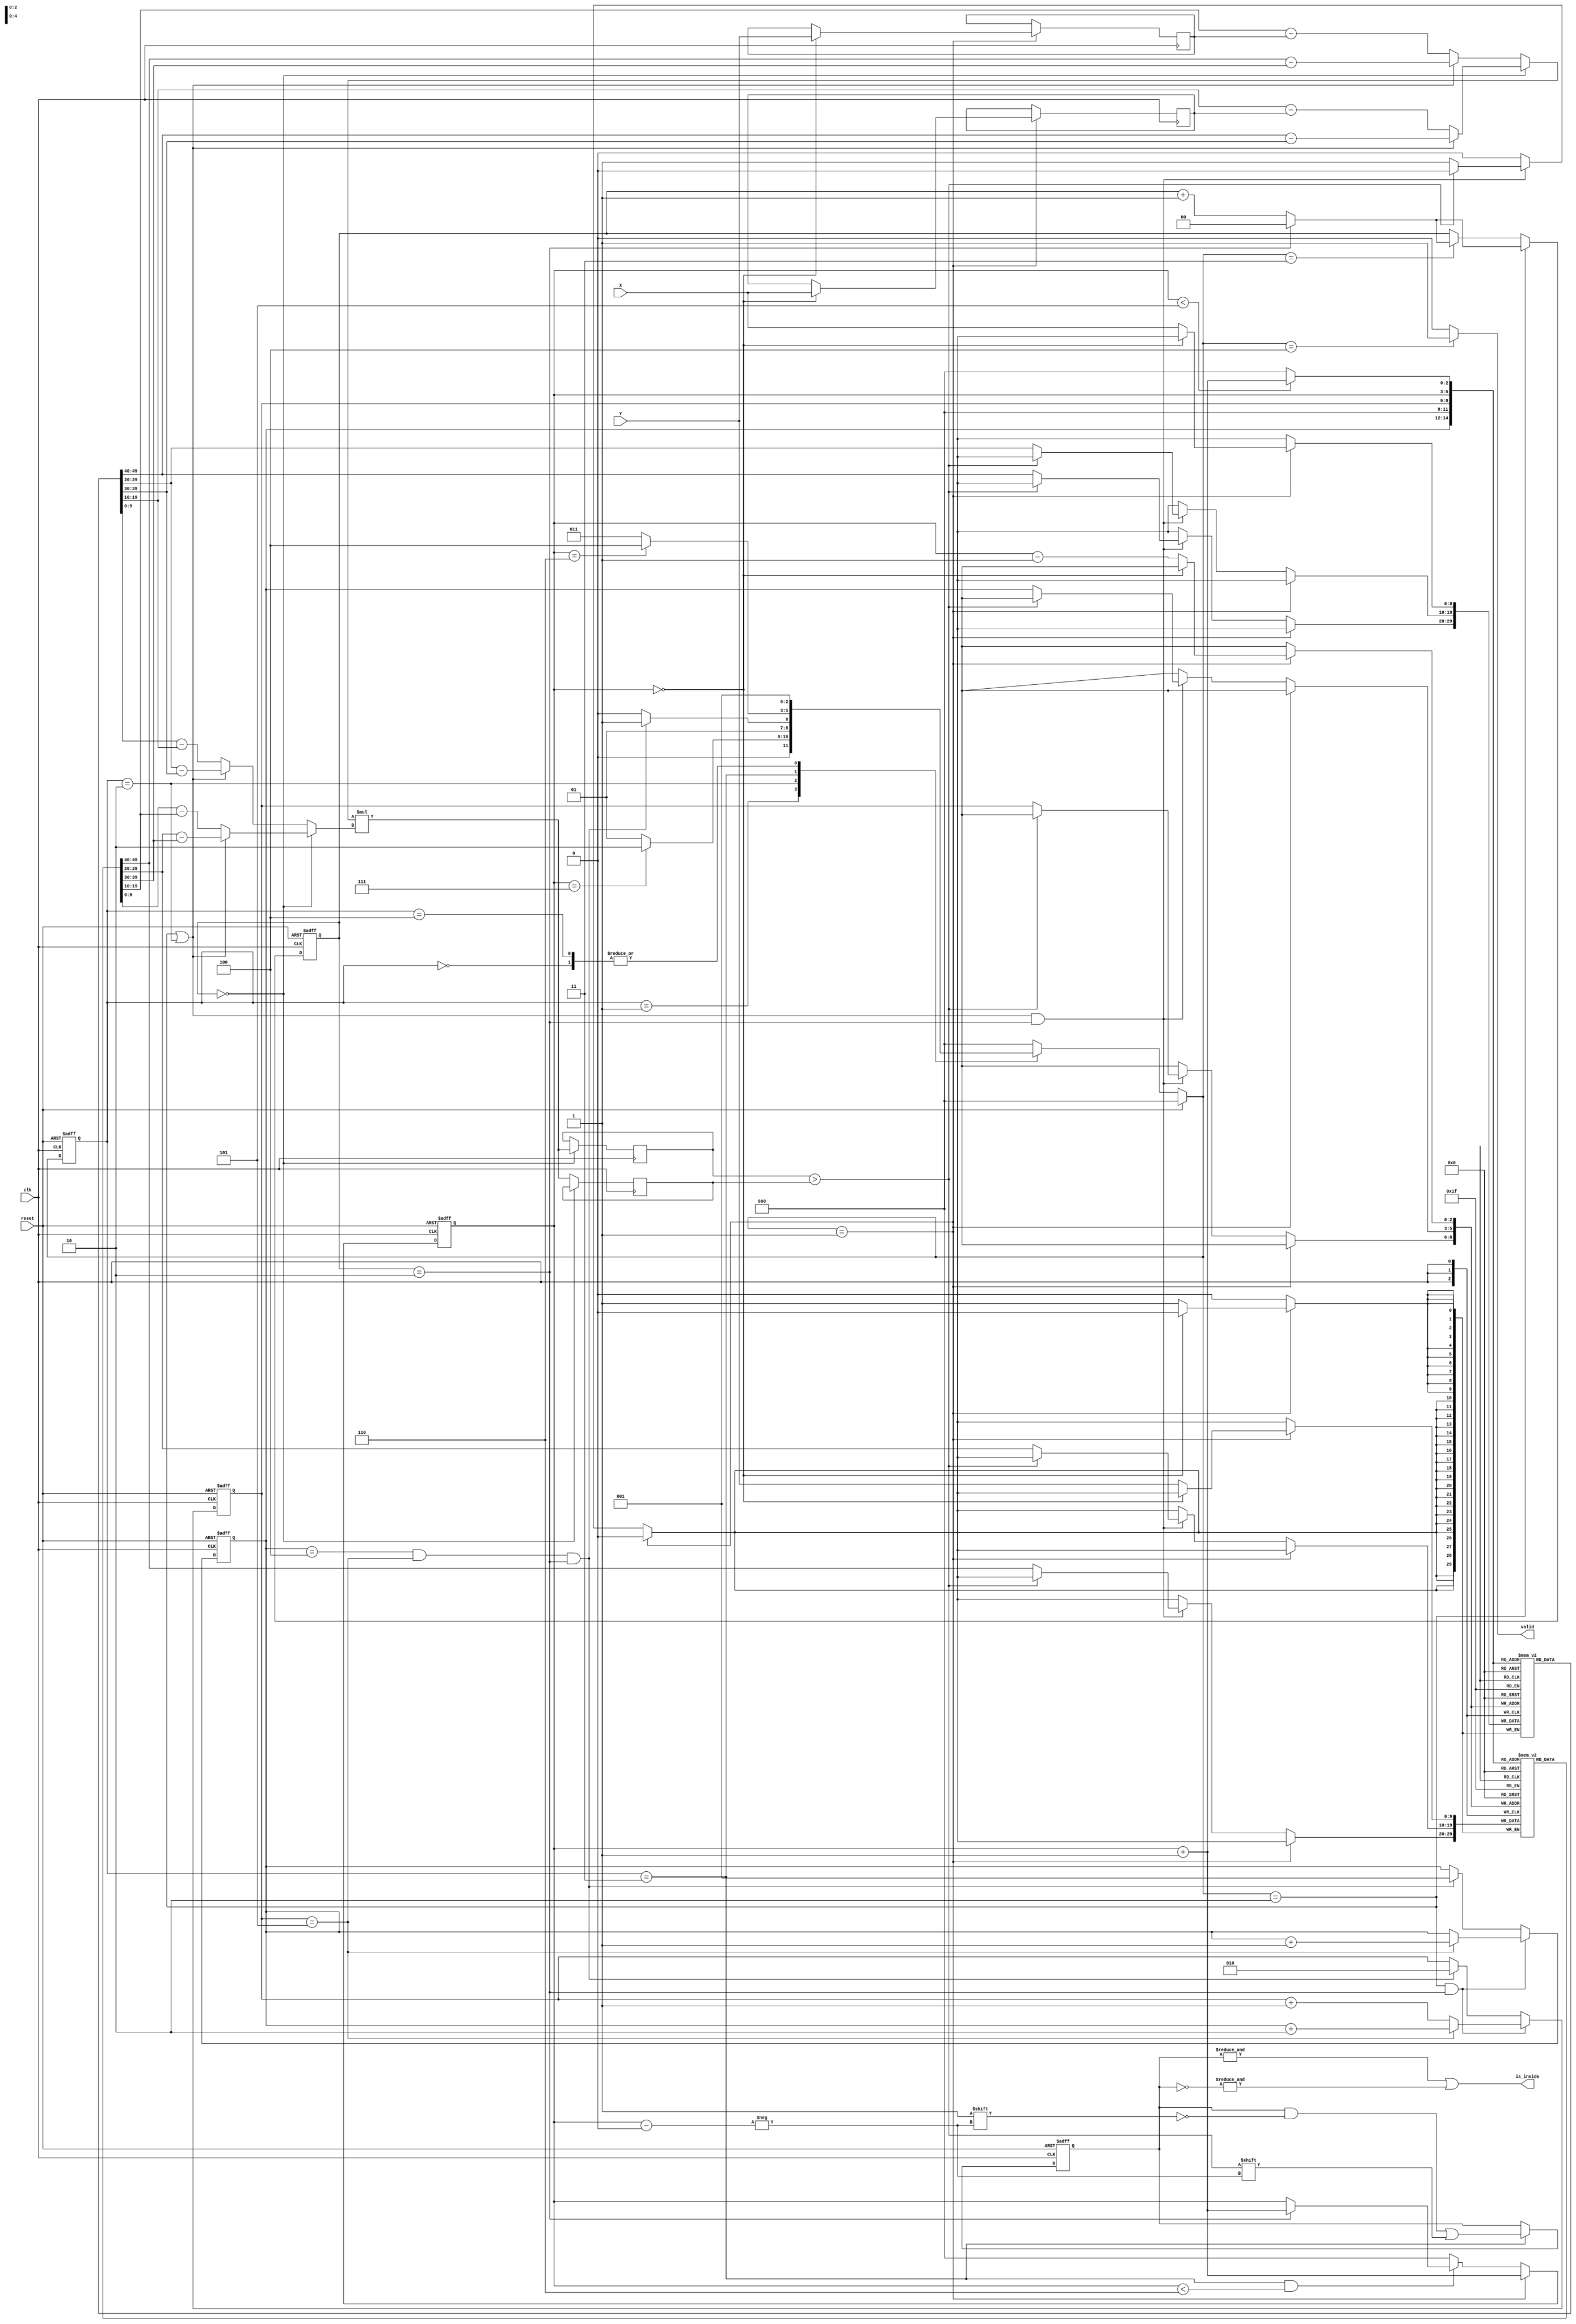
// `define OUTER(Ax,Ay,Bx,By) (((Ax*By) - (Ay*Bx)) >0 ? 1:0)
// `define OUTER(Ax,Ay,Bx,By) (((Ax*By) - (Ay*Bx)) >0 )

// `define OUTER(Ax,Ay,Bx,By) (($signed({11'd0,Ax})*$signed({11'd0,By})) > ($signed({11'd0,Ay})*$signed({11'd0,Bx})) ? 1:0)
// `define OUTER(Ax,Ay,Bx,By) (({10'd0,Ax*By) - (Ay*Bx))
module geofence ( clk,reset,X,Y,valid,is_inside);
input clk;
input reset;
input [9:0] X;
input [9:0] Y;
output reg valid;
output is_inside;

reg [2:0]state, next_state;
parameter IDLE = 3'b000;
parameter READ = 3'b001;
parameter SET = 3'b010;
parameter CAL = 3'b011;
parameter OUT = 3'b100;

reg [1:0]cnt_div;
reg [2:0]cnt;
reg [9:0]target_x;
reg [9:0]target_y;
reg [9:0]loc_x[0:5]; 
reg [9:0]loc_y[0:5];
reg [5:0]judge;
reg signed[10:0] buf1, buf2;
wire outer_;
reg signed[20:0]mul1,mul2;


// wire signed[19:0]mul1,mul2;
wire [2:0]cal_cnt;
reg signed[10:0] out1, out2, out3, out4;


//set
reg [2:0]cmp1,cmp2;
wire signed [10:0] v1_x,v1_y,v2_x,v2_y;


always@(posedge clk or posedge reset)begin
    if(reset)
        state <= IDLE;
    else 
        state <= next_state;
end

always@(*)begin
    if(reset)
        next_state = IDLE;
    else begin
        case(state)
            IDLE:
                next_state = READ;
            READ:begin
                if(cnt == 3'd7) next_state = SET;
                else next_state = READ;  
            end
            SET:begin
                if(cmp1 == 3'd4 && cmp2 == 3'd5 && cnt_div == 2) next_state = CAL;
                else next_state = SET;  
            end
            CAL:begin
                if(cnt == 3'd6) next_state = OUT;
                else next_state = CAL;
            end 
            OUT:begin
                next_state = READ; 
            end
            default:    next_state = IDLE;
        endcase
    end 
end

//cnt
always@(posedge clk or posedge reset)begin
    if(reset)
        cnt <= 0;
    else if(next_state == READ)
        cnt <= cnt + 3'd1;
    else if(state == CAL && cnt < 3'd6)begin
        if(cnt_div == 2)
            cnt <= cnt + 3'd1;
    end
    else
        cnt <= 0;
end
//cnt_div
always @(posedge clk or posedge reset) begin
    if(reset)begin
        cnt_div <= 0;
    end
    else if(next_state == SET)begin
        if(cnt_div == 2'd2) cnt_div <= 0;
        else cnt_div <= cnt_div + 1;
    end
    else if(next_state == CAL)begin
        if(cnt_div == 2'd2) cnt_div <= 0;
        else cnt_div <= cnt_div + 1;
    end
end

//set cnt
always @(posedge clk or posedge reset) begin
    if(reset)begin
        cmp1 <= 3'd1;
        cmp2 <= 3'd2;
    end
    else if(next_state == SET && cnt_div == 2)begin
        if(cmp2 == 3'd5)begin
            cmp1 <= cmp1 + 3'd1;
            cmp2 <= cmp1 + 3'd2;
        end
        else begin
            cmp2 <= cmp2 + 3'd1;
        end
    end
    else if(cmp1 == 3'd4 && cmp2 == 3'd5 && cnt_div == 2)begin
        cmp1 <= 3'd1;
        cmp2 <= 3'd2;
    end
end

always @(*) begin
    if(next_state == SET || state == SET)begin
        out1 = loc_x[cmp1] - loc_x[0];
        out2 = loc_y[cmp1] - loc_y[0];
        out3 = loc_x[cmp2] - loc_x[0];
        out4 = loc_y[cmp2] - loc_y[0];
    end
    else begin
        out1 = loc_x[cnt] - target_x;
        out2 = loc_y[cnt] - target_y;
        out3 = loc_x[cal_cnt] - loc_x[cnt];
        out4 = loc_y[cal_cnt] - loc_y[cnt];
    end
end

always @(*) begin
    //set
    if(next_state == SET || state == SET)begin
        if(cnt_div == 0)begin
            buf1 = out1;
            buf2 = out4;
        end
        else begin
            buf1 = out2;
            buf2 = out3;
        end
    end
    else begin
        //cal
        if(cnt_div == 0)begin
            buf1 = out1;
            buf2 = out4;
        end
        else begin
            buf1 = out2;
            buf2 = out3;
        end
    end
end


// always @(posedge clk) begin
//     if(next_state == SET || state == SET)begin
//         out1 = loc_x[cmp1] - loc_x[0];
//         out2 = loc_y[cmp1] - loc_y[0];
//         out3 = loc_x[cmp2] - loc_x[0];
//         out4 = loc_y[cmp2] - loc_y[0];
//     end
//     else begin
//         out1 = loc_x[cnt] - target_x;
//         out2 = loc_y[cnt] - target_y;
//         out3 = loc_x[cal_cnt] - loc_x[cnt];
//         out4 = loc_y[cal_cnt] - loc_y[cnt];
//     end
// end

//DATA INPUT AND SET
always@(posedge clk)begin
    if(next_state == READ)begin
        if(cnt == 0)begin
            target_x <= X;
            target_y <= Y;
        end
        else begin
            loc_x[cnt - 3'd1] <= X;        
            loc_y[cnt - 3'd1] <= Y;
        end
    end
    else if((next_state == SET || state == SET) && cnt_div == 2) begin
        if( outer_== 0) begin
            //swap
            loc_x[cmp1] <= loc_x[cmp2];
            loc_x[cmp2] <= loc_x[cmp1];
            loc_y[cmp1] <= loc_y[cmp2];
            loc_y[cmp2] <= loc_y[cmp1];
        end
    end 
end

//CAL_RESULT OUT
assign cal_cnt = (cnt < 3'd5) ? cnt + 3'd1 : 0;
// assign  outer_ = `OUTER(out1  , out2  , out3, out4);
// assign outer_ = (((out1*out4) - (out2*out3)) >0 );//ALL PASS

wire signed[20:0] mul;
assign mul = buf1 * buf2;

always @(posedge clk) begin
    if(cnt_div==0)
        mul1 <= mul;
    else 
        mul2 <= mul;
end
// assign mul1 = (out1*out4);
// assign mul2 = (out2*out3);
assign outer_ = (mul1 > mul2);
// assign outer_ = ((out1*out4) - (out2*out3));


//CAL
always@(posedge clk or posedge reset)begin
    if(reset)
        judge <= 0;
    else if(state == CAL)
        judge[cnt] <= outer_;
end

//RESULT
assign  is_inside = &judge || &(~judge);


//OUTPUT
always @(*) begin
    if(next_state == OUT)
        valid = 1'b1;
    else 
        valid = 0;
end

endmodule